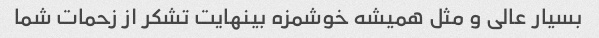
بسیار عالی و مثل همیشه خوشمزه بینهایت تشکر از زحمات شما